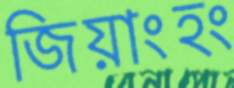
জিয়াংহং